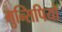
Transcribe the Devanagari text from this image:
मुन्सिपियो